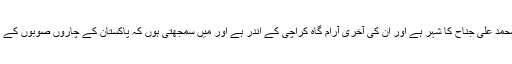
مگر سب سے پہلے میں کہنا چاہتی ہوں کہ میں واپس کراچی جارہی ہوں جو بانی پاکستان قائداعظم محمد علی جناح کا شہر ہے اور ان کی آخری آرام گاہ کراچی کے اندر ہے اور میں سمجھتی ہوں کہ پاکستان کے چاروں صوبوں کے عوام ، آزاد کشمیر ، قبائلی علاقے اور نادرن ایریاز کے لوگ آکر میرا بہت شاندار استقبال کریں گے۔